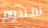
ستدوم